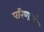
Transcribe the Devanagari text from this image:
परिणतां